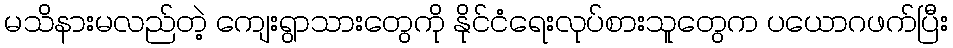
မသိနားမလည်တဲ့ ကျေးရွာသားတွေကို နိုင်ငံရေးလုပ်စားသူတွေက ပယောဂဖက်ပြီး